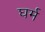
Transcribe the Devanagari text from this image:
घर्म